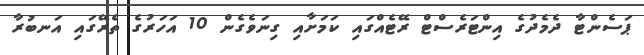
ޕަސެންޓާ ދެމެދުގެ އިންޓަރެސްޓް ރޭޓެއްގައި ކަމަށާއި ގިނަވެގެން 10 އަހަރުގެ ތެރޭގައި އަނބުރާ